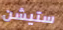
ستيشن